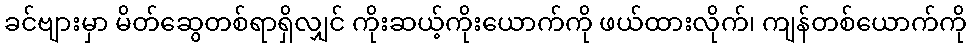
ခင်ဗျားမှာ မိတ်ဆွေတစ်ရာရှိလျှင် ကိုးဆယ့်ကိုးယောက်ကို ဖယ်ထားလိုက်၊ ကျန်တစ်ယောက်ကို